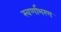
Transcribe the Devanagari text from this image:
स्वर्णाभरण